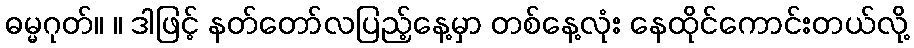
ဓမ္မဂုတ်။ ။ ဒါဖြင့် နတ်တော်လပြည့်နေ့မှာ တစ်နေ့လုံး နေထိုင်ကောင်းတယ်လို့